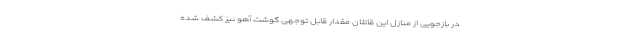
در بازجویی از منازل این قاتلان مقدار قابل توجهی گوشت آهو نیز کشف شده